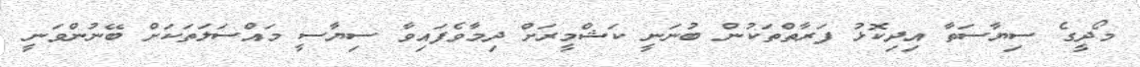
މޯދީގެ ސިޔާސަތާ އިދިކޮޅު ފަރާތްތަކުން ބުނަނީ ކަޝްމީރަށް ދިމާވެފައިވާ ސިޔާސީ މައްސަލަތަކަށް ބޭނުންވަނީ